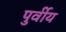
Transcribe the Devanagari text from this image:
पुर्वीय